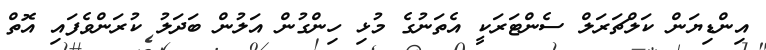
އިންޑިޔަން ކަލްޗަރަލް ސެންޓަރަކީ އެތަނުގެ މުޅި ހިންގުން އަލުން ބަދަލު ކުރަންވެފައި އޮތް